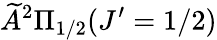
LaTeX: \widetilde{A}^{2}\Pi_{1/2}(J^{\prime}=1/2)